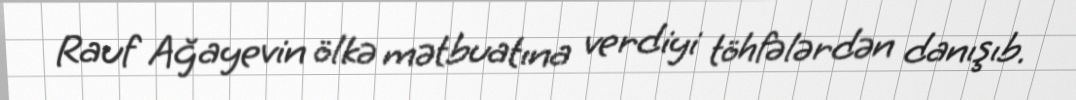
Rauf Ağayevin ölkə mətbuatına verdiyi töhfələrdən danışıb.